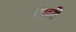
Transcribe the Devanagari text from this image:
।पत्नी